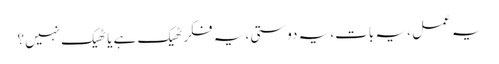
یہ عمل ، یہ بات، یہ دوستی، یہ فکر ٹھیک ہے یا ٹھیک نہیں؟